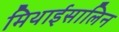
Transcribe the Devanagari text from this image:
मिथाईसालिन